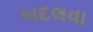
બદલવા